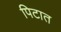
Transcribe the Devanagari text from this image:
पिटात